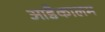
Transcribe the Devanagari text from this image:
आडैकालम